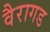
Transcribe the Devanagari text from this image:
वैरागड